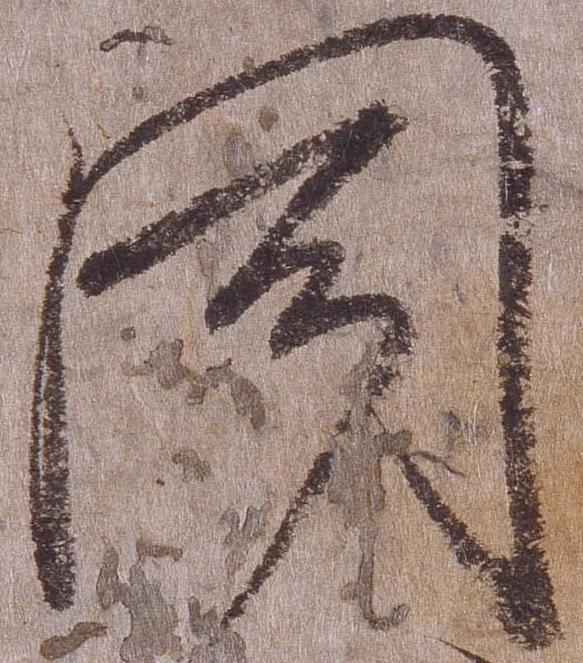
聞